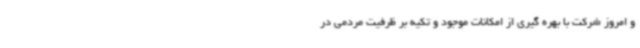
و امروز شرکت با بهره گیری از امکانات موجود و تکیه بر ظرفیت مردمی در